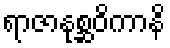
ရာဇာနုစ္ဆဝိကာနိ